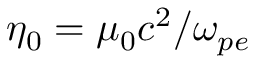
\eta _ { 0 } = \mu _ { 0 } c ^ { 2 } / \omega _ { p e }